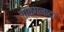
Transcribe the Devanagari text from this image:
चोक्षनादा